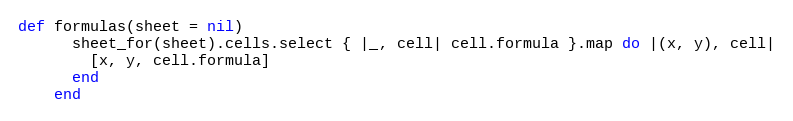
Language: Ruby
def formulas(sheet = nil)
      sheet_for(sheet).cells.select { |_, cell| cell.formula }.map do |(x, y), cell|
        [x, y, cell.formula]
      end
    end